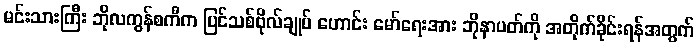
မင်းသားကြီး ဘိုလကွန်စကီက ပြင်သစ်ဗိုလ်ချုပ် ဟောင်း မော်ရေးအား ဘိုနာပတ်ကို အတိုက်ခိုင်းရန်အတွက်